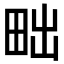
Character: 𤱟